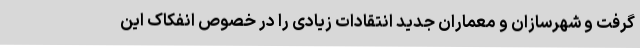
گرفت و شهرسازان و معماران جدید انتقادات زیادی را در خصوص انفکاک این